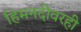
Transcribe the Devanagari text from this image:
हिमनदीवरही